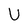
Character: U